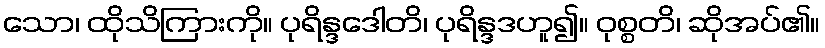
သော၊ ထိုသိကြားကို။ ပုရိန္ဒဒေါတိ၊ ပုရိန္ဒဒဟူ၍။ ဝုစ္စတိ၊ ဆိုအပ်၏။